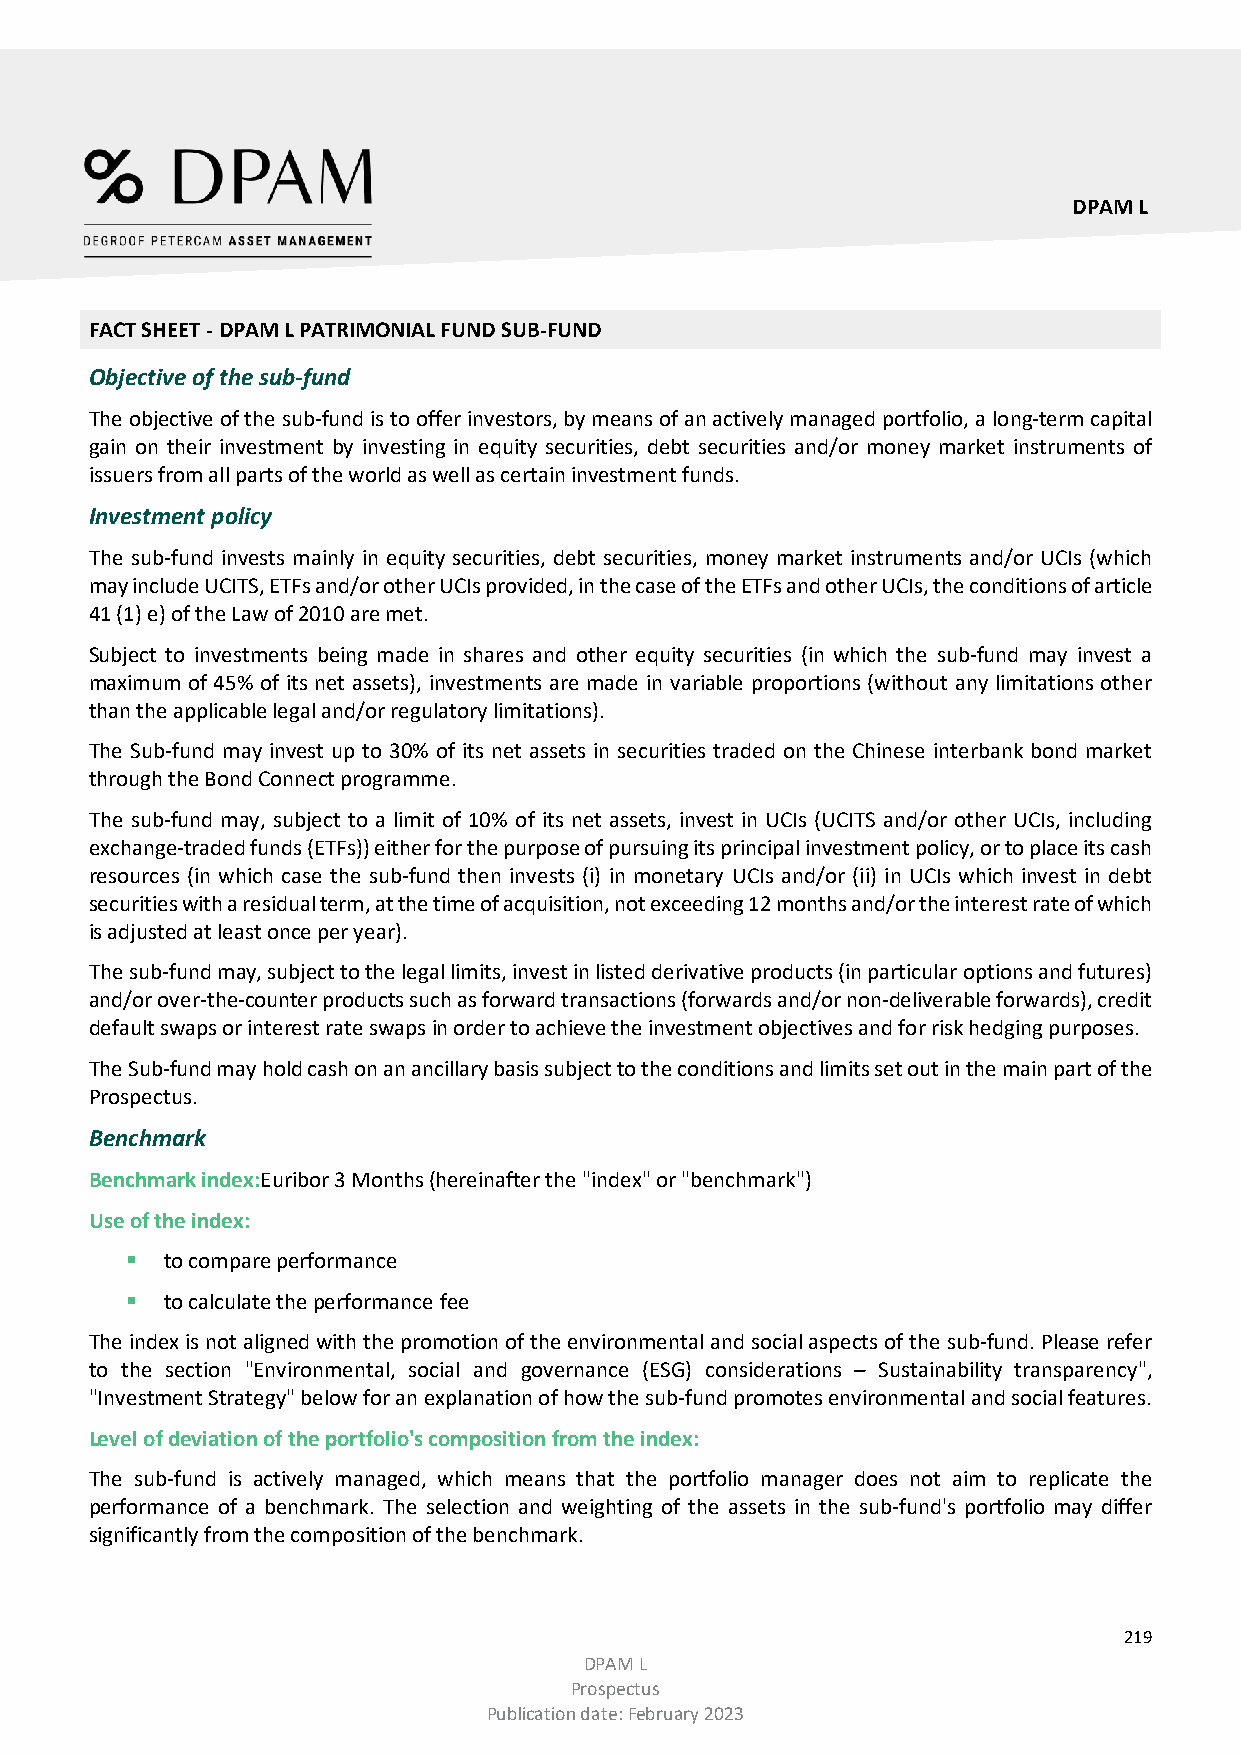
DPAM L
 FACT SHEET - DPAM L PATRIMONIAL FUND SUB-FUND
 Objective of the sub-fund
 The objective of the sub-fund is to offer investors, by means of an actively managed portfolio, a long-term capital
 gain on their investment by investing in equity securities, debt securities and/or money market instruments of
 issuers from all parts of the world as well as certain investment funds.
 Investment policy
 The sub-fund invests mainly in equity securities, debt securities, money market instruments and/or UCIs (which
 may include UCITS, ETFs and/or other UCIs provided, in the case of the ETFs and other UCIs, the conditions of article
 41 (1) e) of the Law of 2010 are met.
 Subject to investments being made in shares and other equity securities (in which the sub-fund may invest a
 maximum of 45% of its net assets), investments are made in variable proportions (without any limitations other
 than the applicable legal and/or regulatory limitations).
 The Sub-fund may invest up to 30% of its net assets in securities traded on the Chinese interbank bond market
 through the Bond Connect programme.
 The sub-fund may, subject to a limit of 10% of its net assets, invest in UCIs (UCITS and/or other UCIs, including
 exchange-traded funds (ETFs)) either for the purpose of pursuing its principal investment policy, or to place its cash
 resources (in which case the sub-fund then invests (i) in monetary UCIs and/or (ii) in UCIs which invest in debt
 securities with a residual term, at the time of acquisition, not exceeding 12 months and/or the interest rate of which
 is adjusted at least once per year).
 The sub-fund may, subject to the legal limits, invest in listed derivative products (in particular options and futures)
 and/or over-the-counter products such as forward transactions (forwards and/or non-deliverable forwards), credit
 default swaps or interest rate swaps in order to achieve the investment objectives and for risk hedging purposes.
 The Sub-fund may hold cash on an ancillary basis subject to the conditions and limits set out in the main part of the
 Prospectus.
 Benchmark
 Benchmark index:Euribor 3 Months (hereinafter the "index" or "benchmark")
 Use of the index:
   to compare performance
   to calculate the performance fee
 The index is not aligned with the promotion of the environmental and social aspects of the sub-fund. Please refer
 to the section "Environmental, social and governance (ESG) considerations – Sustainability transparency",
 "Investment Strategy" below for an explanation of how the sub-fund promotes environmental and social features.
 Level of deviation of the portfolio's composition from the index:
 The sub-fund is actively managed, which means that the portfolio manager does not aim to replicate the
 performance of a benchmark. The selection and weighting of the assets in the sub-fund's portfolio may differ
 significantly from the composition of the benchmark.
 219
 DPAM L
 Prospectus
 Publication date: February 2023